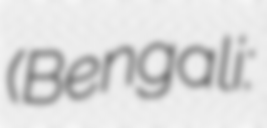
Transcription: (Bengali: